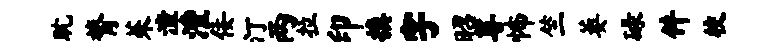
耽膂茱潼澧佞汀两拉印换字昭尊怖竺萎碌件校